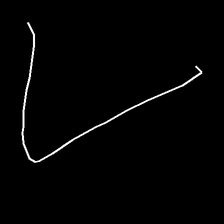
Glyph: region